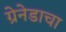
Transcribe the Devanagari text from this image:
ग्रेनेडाचा